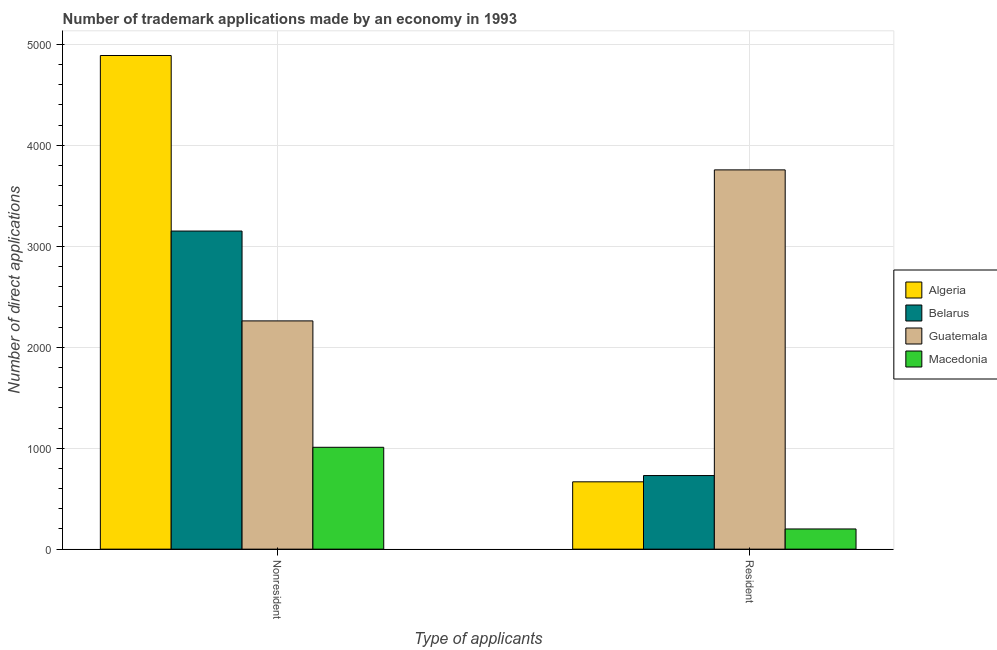
| Type of applicants | Algeria | Belarus | Guatemala | Macedonia |
 | --- | --- | --- | --- | --- |
 | Nonresident | 4.89e+03 | 3.15e+03 | 2.26e+03 | 1.01e+03 |
 | Resident | 667 | 729 | 3.76e+03 | 200 |